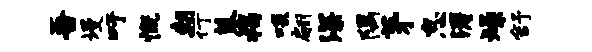
吾墁吁慨朝行蓼揭啖翩深隅茅怠涛燥舒